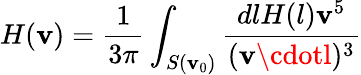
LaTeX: H(\mathbf{v})={\frac{{1}}{{3\pi}}}\int_{S(\mathbf{v}_{0})}{\frac{{dlH(l)\mathbf{v}^{5}}}{{(\mathbf{v}\cdotl)^{3}}}}